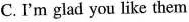
C.I'm glad you like them